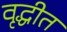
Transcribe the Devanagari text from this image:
वृद्धीत